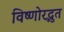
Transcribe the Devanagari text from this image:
विष्णोरद्भुत